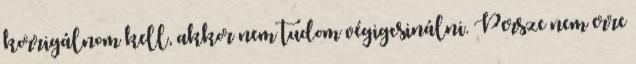
korrigálnom kell, akkor nem tudom végigcsinálni. Persze nem erre